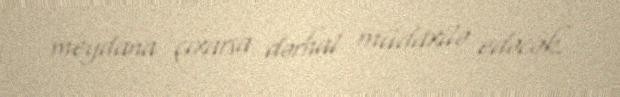
meydana çıxarsa dərhal müdaxilə edəcək.